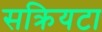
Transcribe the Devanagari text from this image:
सक्रियटा